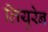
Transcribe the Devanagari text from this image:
लियुरेन